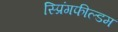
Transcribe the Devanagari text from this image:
स्प्रिंगफील्डम